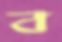
ব